65_HS1-834228961_62-HQ-83894_Section_6
Agency: FBI
Page 237
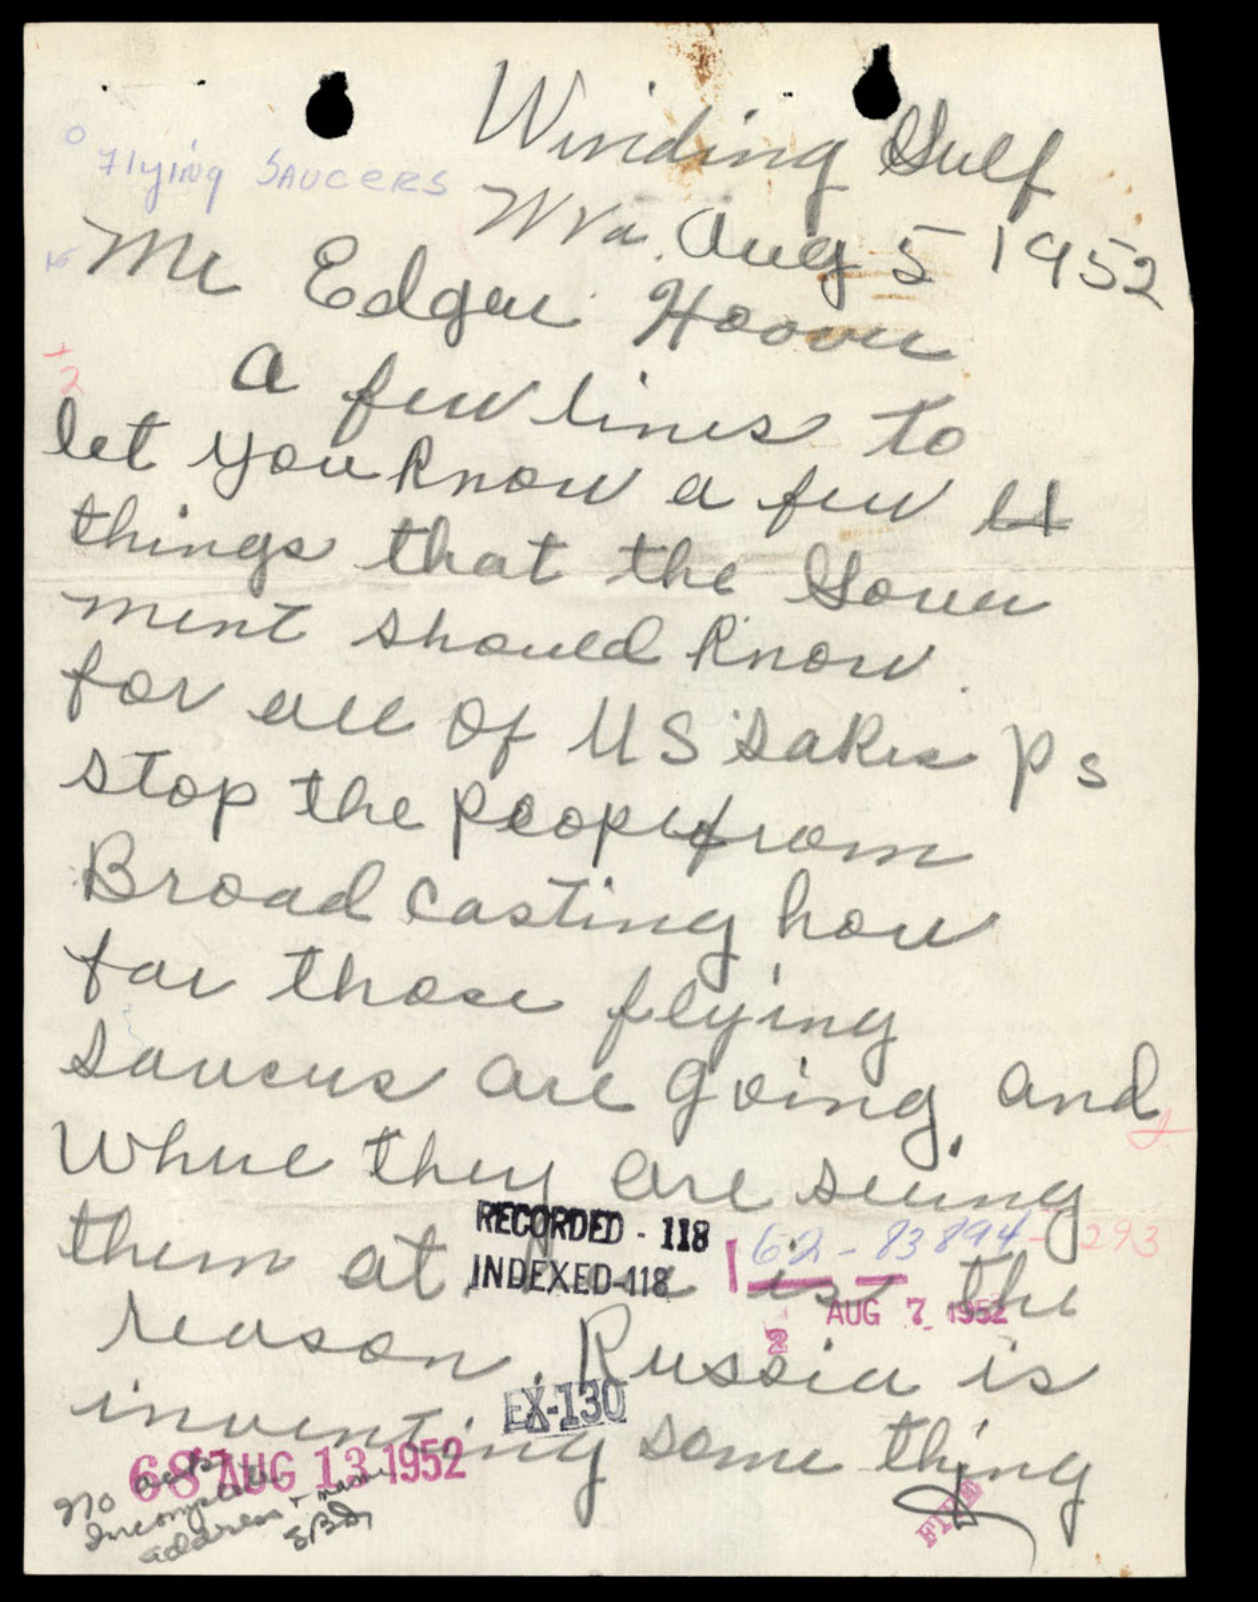